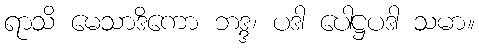
ရာသိ မေသာဒိကော ဘဒ္ဒ၊ ပဒါ ပေါဋ္ဌပဒါ သမာ။